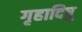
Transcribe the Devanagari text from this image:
गृहादिषु